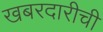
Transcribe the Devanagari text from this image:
खबरदारीची